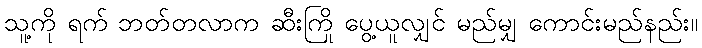
သူ့ကို ရက် ဘတ်တလာက ဆီးကြို ပွေ့ယူလျှင် မည်မျှ ကောင်းမည်နည်း။